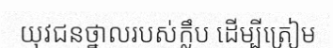
យុវជនថ្នាលរបស់ក្លឹប ដើម្បីត្រៀម